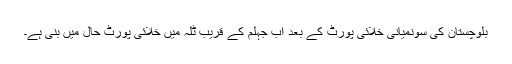
بلوچستان کی سونمیانی خلائی پورٹ کے بعد اب جہلم کے قریب ٹلہ میں خلائی پورٹ حال میں بنی ہے۔